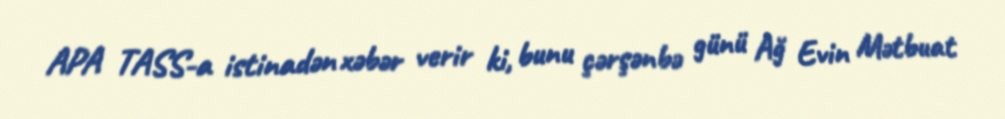
APA TASS-a istinadən xəbər verir ki, bunu çərşənbə günü Ağ Evin Mətbuat